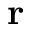
\mathbf { r }